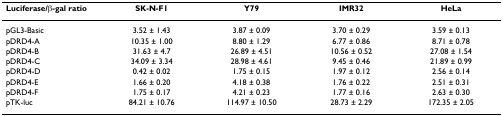
<table><thead><tr><td><b>Luciferase/β-gal ratio</b></td><td><b>SK-N-F1</b></td><td><b>Y79</b></td><td><b>IMR32</b></td><td><b>HeLa</b></td></tr></thead><tbody><tr><td>pGL3-Basic</td><td>3.52 ± 1.43</td><td>3.87 ± 0.09</td><td>3.70 ± 0.29</td><td>3.59 ± 0.13</td></tr><tr><td>pDRD4-A</td><td>10.35 ± 1.00</td><td>8.80 ± 1.29</td><td>6.77 ± 0.86</td><td>8.71 ± 0.78</td></tr><tr><td>pDRD4-B</td><td>31.63 ± 4.7</td><td>26.89 ± 4.51</td><td>10.56 ± 0.52</td><td>27.08 ± 1.54</td></tr><tr><td>pDRD4-C</td><td>34.09 ± 3.34</td><td>28.98 ± 4.61</td><td>9.45 ± 0.46</td><td>21.89 ± 0.99</td></tr><tr><td>pDRD4-D</td><td>0.42 ± 0.02</td><td>1.75 ± 0.15</td><td>1.97 ± 0.12</td><td>2.56 ± 0.14</td></tr><tr><td>pDRD4-E</td><td>1.66 ± 0.20</td><td>4.18 ± 0.38</td><td>1.76 ± 0.22</td><td>2.51 ± 0.31</td></tr><tr><td>pDRD4-F</td><td>1.75 ± 0.17</td><td>4.21 ± 0.23</td><td>1.77 ± 0.16</td><td>2.63 ± 0.30</td></tr><tr><td>pTK-luc</td><td>84.21 ± 10.76</td><td>114.97 ± 10.50</td><td>28.73 ± 2.29</td><td>172.35 ± 2.05</td></tr></tbody></table>